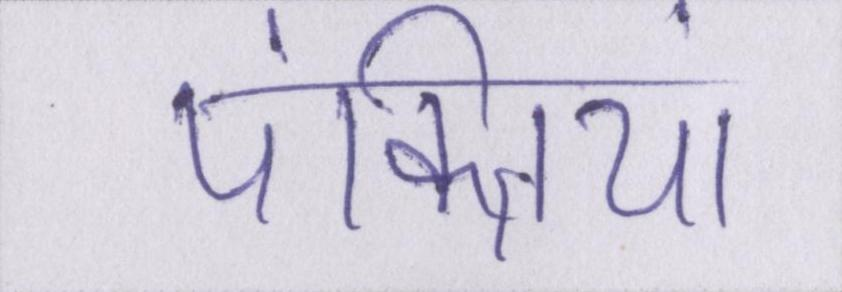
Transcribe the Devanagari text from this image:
पंक्तियां